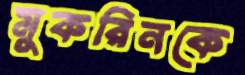
মুকরিনকে